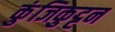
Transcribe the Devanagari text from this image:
कुंजिकुट्टन